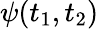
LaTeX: \psi(t_{1},t_{2})